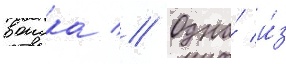
воиска // Одна́ и́з